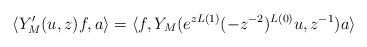
LaTeX: \begin{align*}\langle Y_M'(u, z)f, a\rangle = \langle f, Y_{M}(e^{zL(1)}(-z^{-2})^{L(0)}u, z^{-1})a\rangle\end{align*}